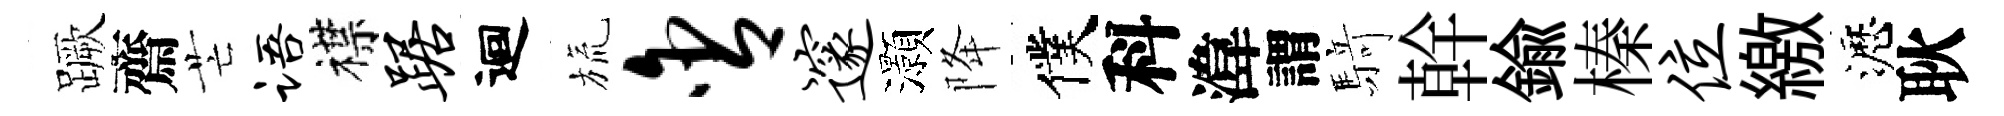
蹶齋芒语襟踞迴旒含邃灝降僕科湋謂𮪍幹鍮榛位繳瀝耿